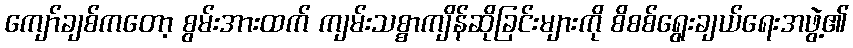
ကျော်ချစ်ကတော့ စွမ်းအားထက် ကျမ်းသစ္စာကျိန်ဆိုခြင်းများကို စိစစ်ရွေးချယ်ရေးအဖွဲ့၏